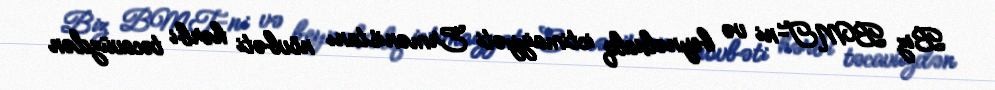
Biz BMT-ni və beynəlxalq ictimaiyyəti Ermənistanı növbəti hərbi təcavüzdən